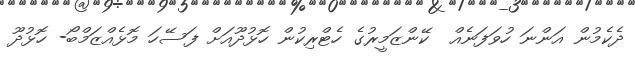
ދެކެމުން އަންނަ ހުވަފަނެއް  ކޭންޒަމީރުގެ ހެޓްރިކުން ހޮޅުދޫއަށް ފަސޭހަ މޮޅެއްޒަމްބޯ- ހޮޅުދޫ